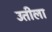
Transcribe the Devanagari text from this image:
उतीला